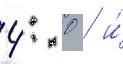
4: 0 / и́